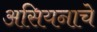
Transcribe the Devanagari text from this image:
असियनाचे